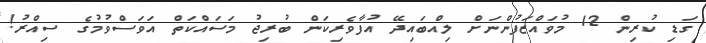
ގަޑި ކުރިން 12 މުވައްޒަފުންނަށް ލިއްބައިދޭ އުފާވެރިކަން ބުރިޖު މަސައްކަތް އަވަސްވުމުގެ ސިއްރު!